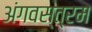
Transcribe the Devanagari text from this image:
अंगवस्त्रम